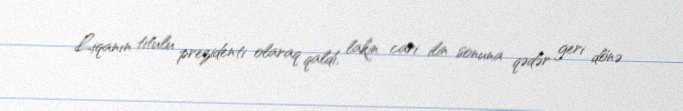
Liqanın titulu prezidenti olaraq qaldı, lakin cari ilin sonuna qədər geri dönə